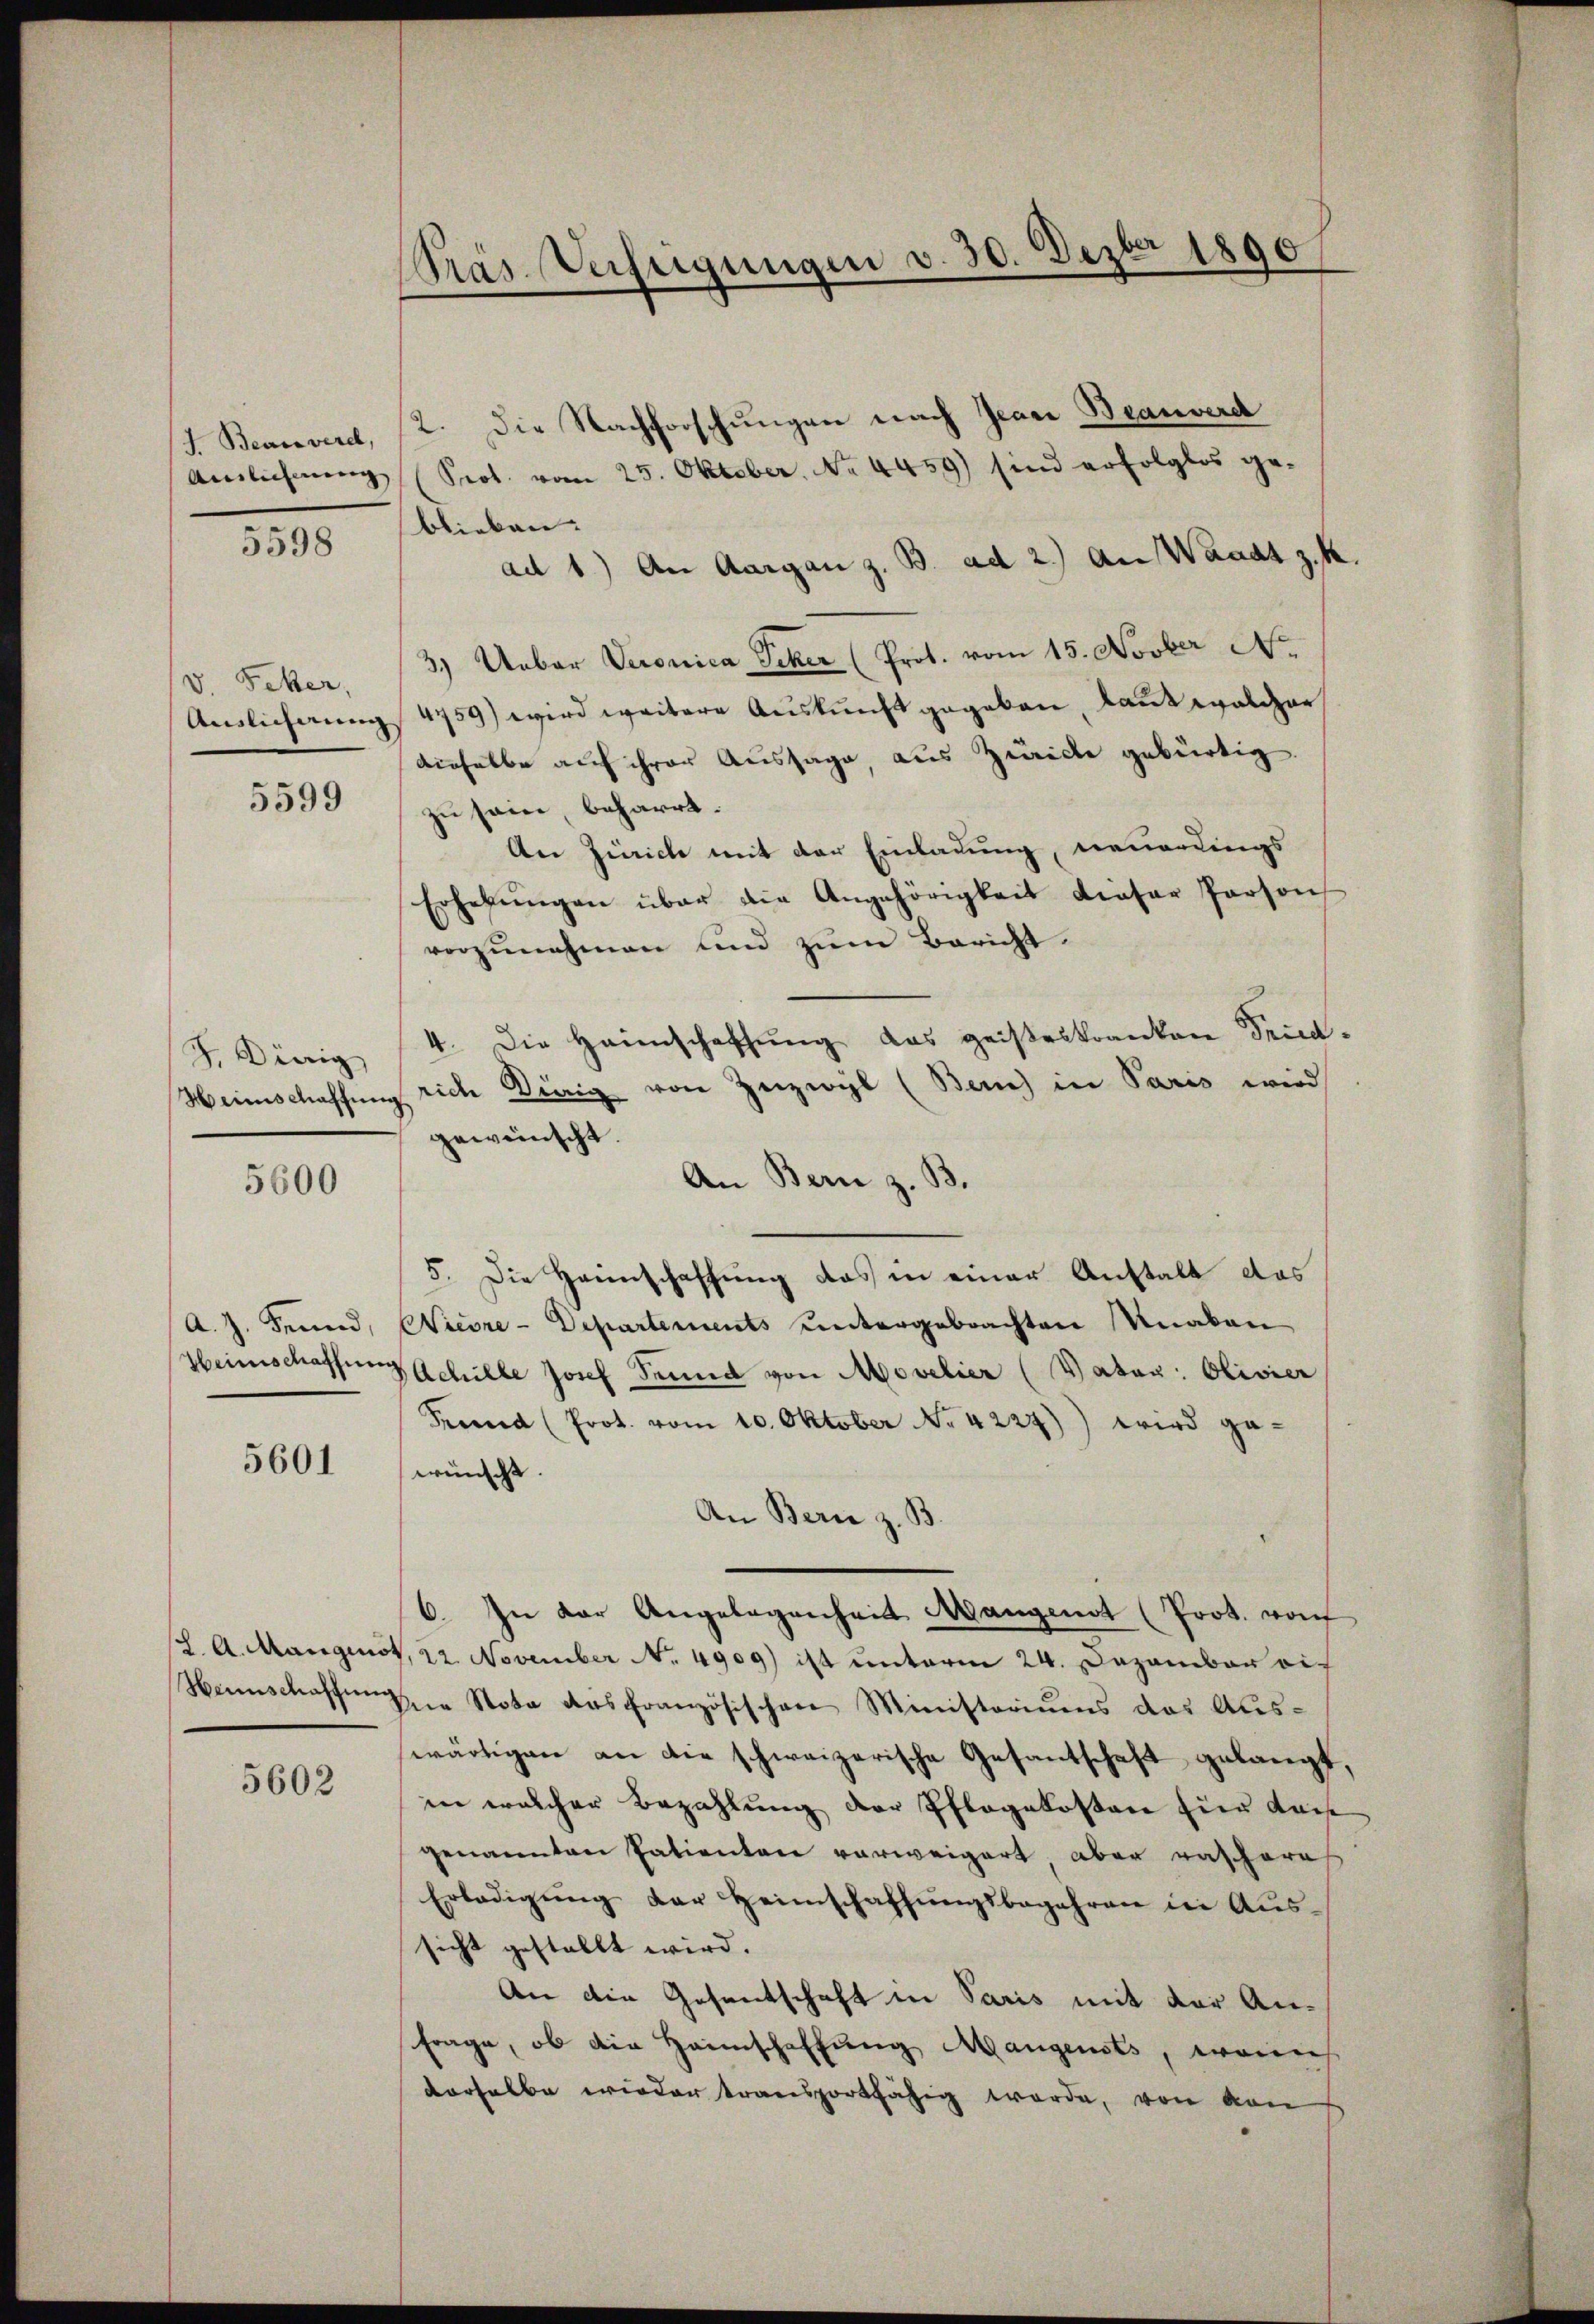
I. Beausvere,
Auslichnung

5598

v Feber,
Auslicherung

5599

J. Dierig
Hainischaffung

5600

A. J. Freund,
Weinschaffung

5601

(2. A. Mangenst
Haunschaftung

5602

Präs. Verfeigungen v. 30. Dezbr 1890

2. Die Nachforschungen nach Jeare Beanverd
Prot. vom 25. Oktober. No 4459) sind erfolglos ge-
blieben.
ad 1.) An Aargau z. B. ad 2.) An Waadt z. K.
3.) Ueber Veronica Seker (Prot. vom 15. Novber
4759) wird weitere Auskunft gegeben, kannt welcher
denselbe auf ihrer Aussage, aus Zürich gebürtig
zu sein, beharrt.
An Zürich mit der Einladung, neuerdings
Erhebŭngen über die Angehörigkeit dieser Person
vorzŭnehmen und zŭm Bericht.
4. Die Heimschaffŭng das geisteskranken Seirich Dirig von Zeizwyl (Zürich in Paris wird
¬
gewünscht.
An Bern z. B.
5. Die Haunschaffung das in einer Anstalt das
Wierre-Departements untergebrachten Knaben
Achille Josef Grund von Movelier (Vater: Olivier
Frund (Prot. vom 10. Oktober No. 4227)) wird gewünscht.
An Bern z. B.
6. In der Angelegenheit Mangenot (Prot. von
V, 22. November No. 4909) ist unterm 24. Dezember ei¬
Die Nota des Französischen Ministoriums das Auswärtigen an die schweizerische Gesantschaft gelangt,
in welcher Bezahlung der Pflegekosten für das
genannten Patientare verweigert aber raschere
Erledigŭng der Heimschaffŭngsbegehren in Aussicht gestallt wird.
An die Gesentschaft in Paris mit der An¬
Frage, ob die Heimschaffung Mangensts, wenns
derselbe wieder transportfähig werde, von von